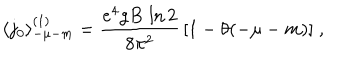
LaTeX: \langle j _ { 0 } \rangle _ { - \mu - m } ^ { ( 1 ) } = \frac { e ^ { 4 } g B \, \ln 2 } { 8 \pi ^ { 2 } } \, [ 1 - \theta ( - \mu - m ) ] \; ,